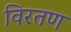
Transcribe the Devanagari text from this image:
विरतण